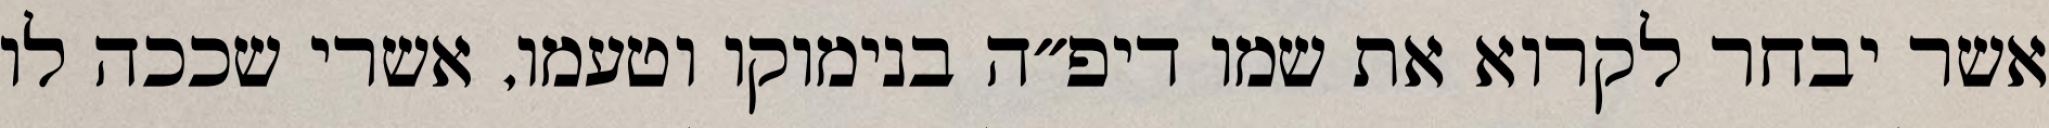
אשר יבחר לקרוא את שמו דיפ״ה בנימוקו וטעמו, אשרי שככה לו